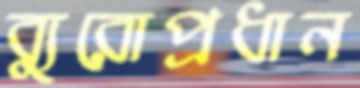
ব্যুরোপ্রধান